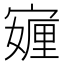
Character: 𭔖